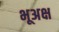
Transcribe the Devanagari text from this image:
भूअक्ष